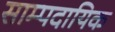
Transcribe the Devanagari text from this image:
साम्पदायिक